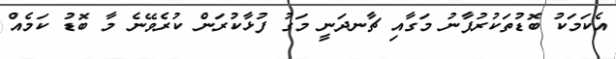
އެކަމަކު ބޮޑުތަކުރުފާނު މަގާއި ޗާނދަނީ މަގު ފުޅާކުރަން ކުރެވޭނެ މާ ބޮޑު ކަމެއް